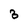
Character: 3